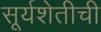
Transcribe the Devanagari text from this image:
सूर्यशेतीची